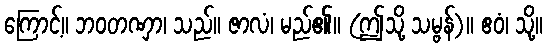
ကြောင့်။ ဘဝတဏှာ၊ သည်။ ဇာလံ၊ မည်၏။ (ဤသို့ သမ္ဗန်)။ ဧဝံ၊ သို့။